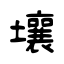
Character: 壤